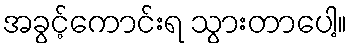
အခွင့်ကောင်းရ သွားတာပေါ့။